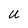
Character: U